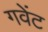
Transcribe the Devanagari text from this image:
गवेंट